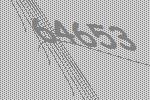
64653